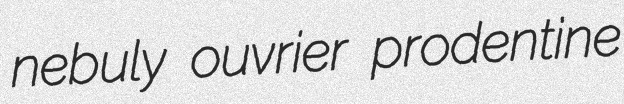
nebuly ouvrier prodentine